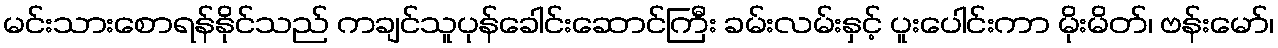
မင်းသားစောရန်နိုင်သည် ကချင်သူပုန်ခေါင်းဆောင်ကြီး ခမ်းလမ်းနှင့် ပူးပေါင်းကာ မိုးမိတ်၊ ဗန်းမော်၊